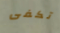
تكفى